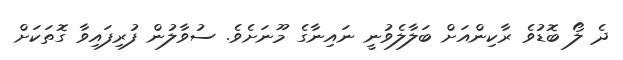
ދެ ލޯ ބޮޑުވެ ރާކިންއަށް ބަލާލެވުނީ ނައިނާގެ މޫނަށެވެ. ސުވާލުން ފުރިފައިވާ ގޮތަކަށް